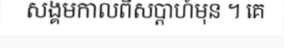
សង្គមកាលពីសប្តាហ៍មុន ។ គេ